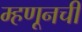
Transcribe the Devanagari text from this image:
म्हणूनची